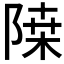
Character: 𲉗